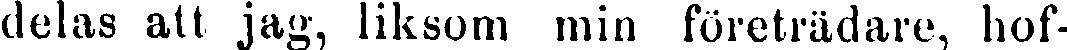
delas att jag, liksom min företrädare, hof-